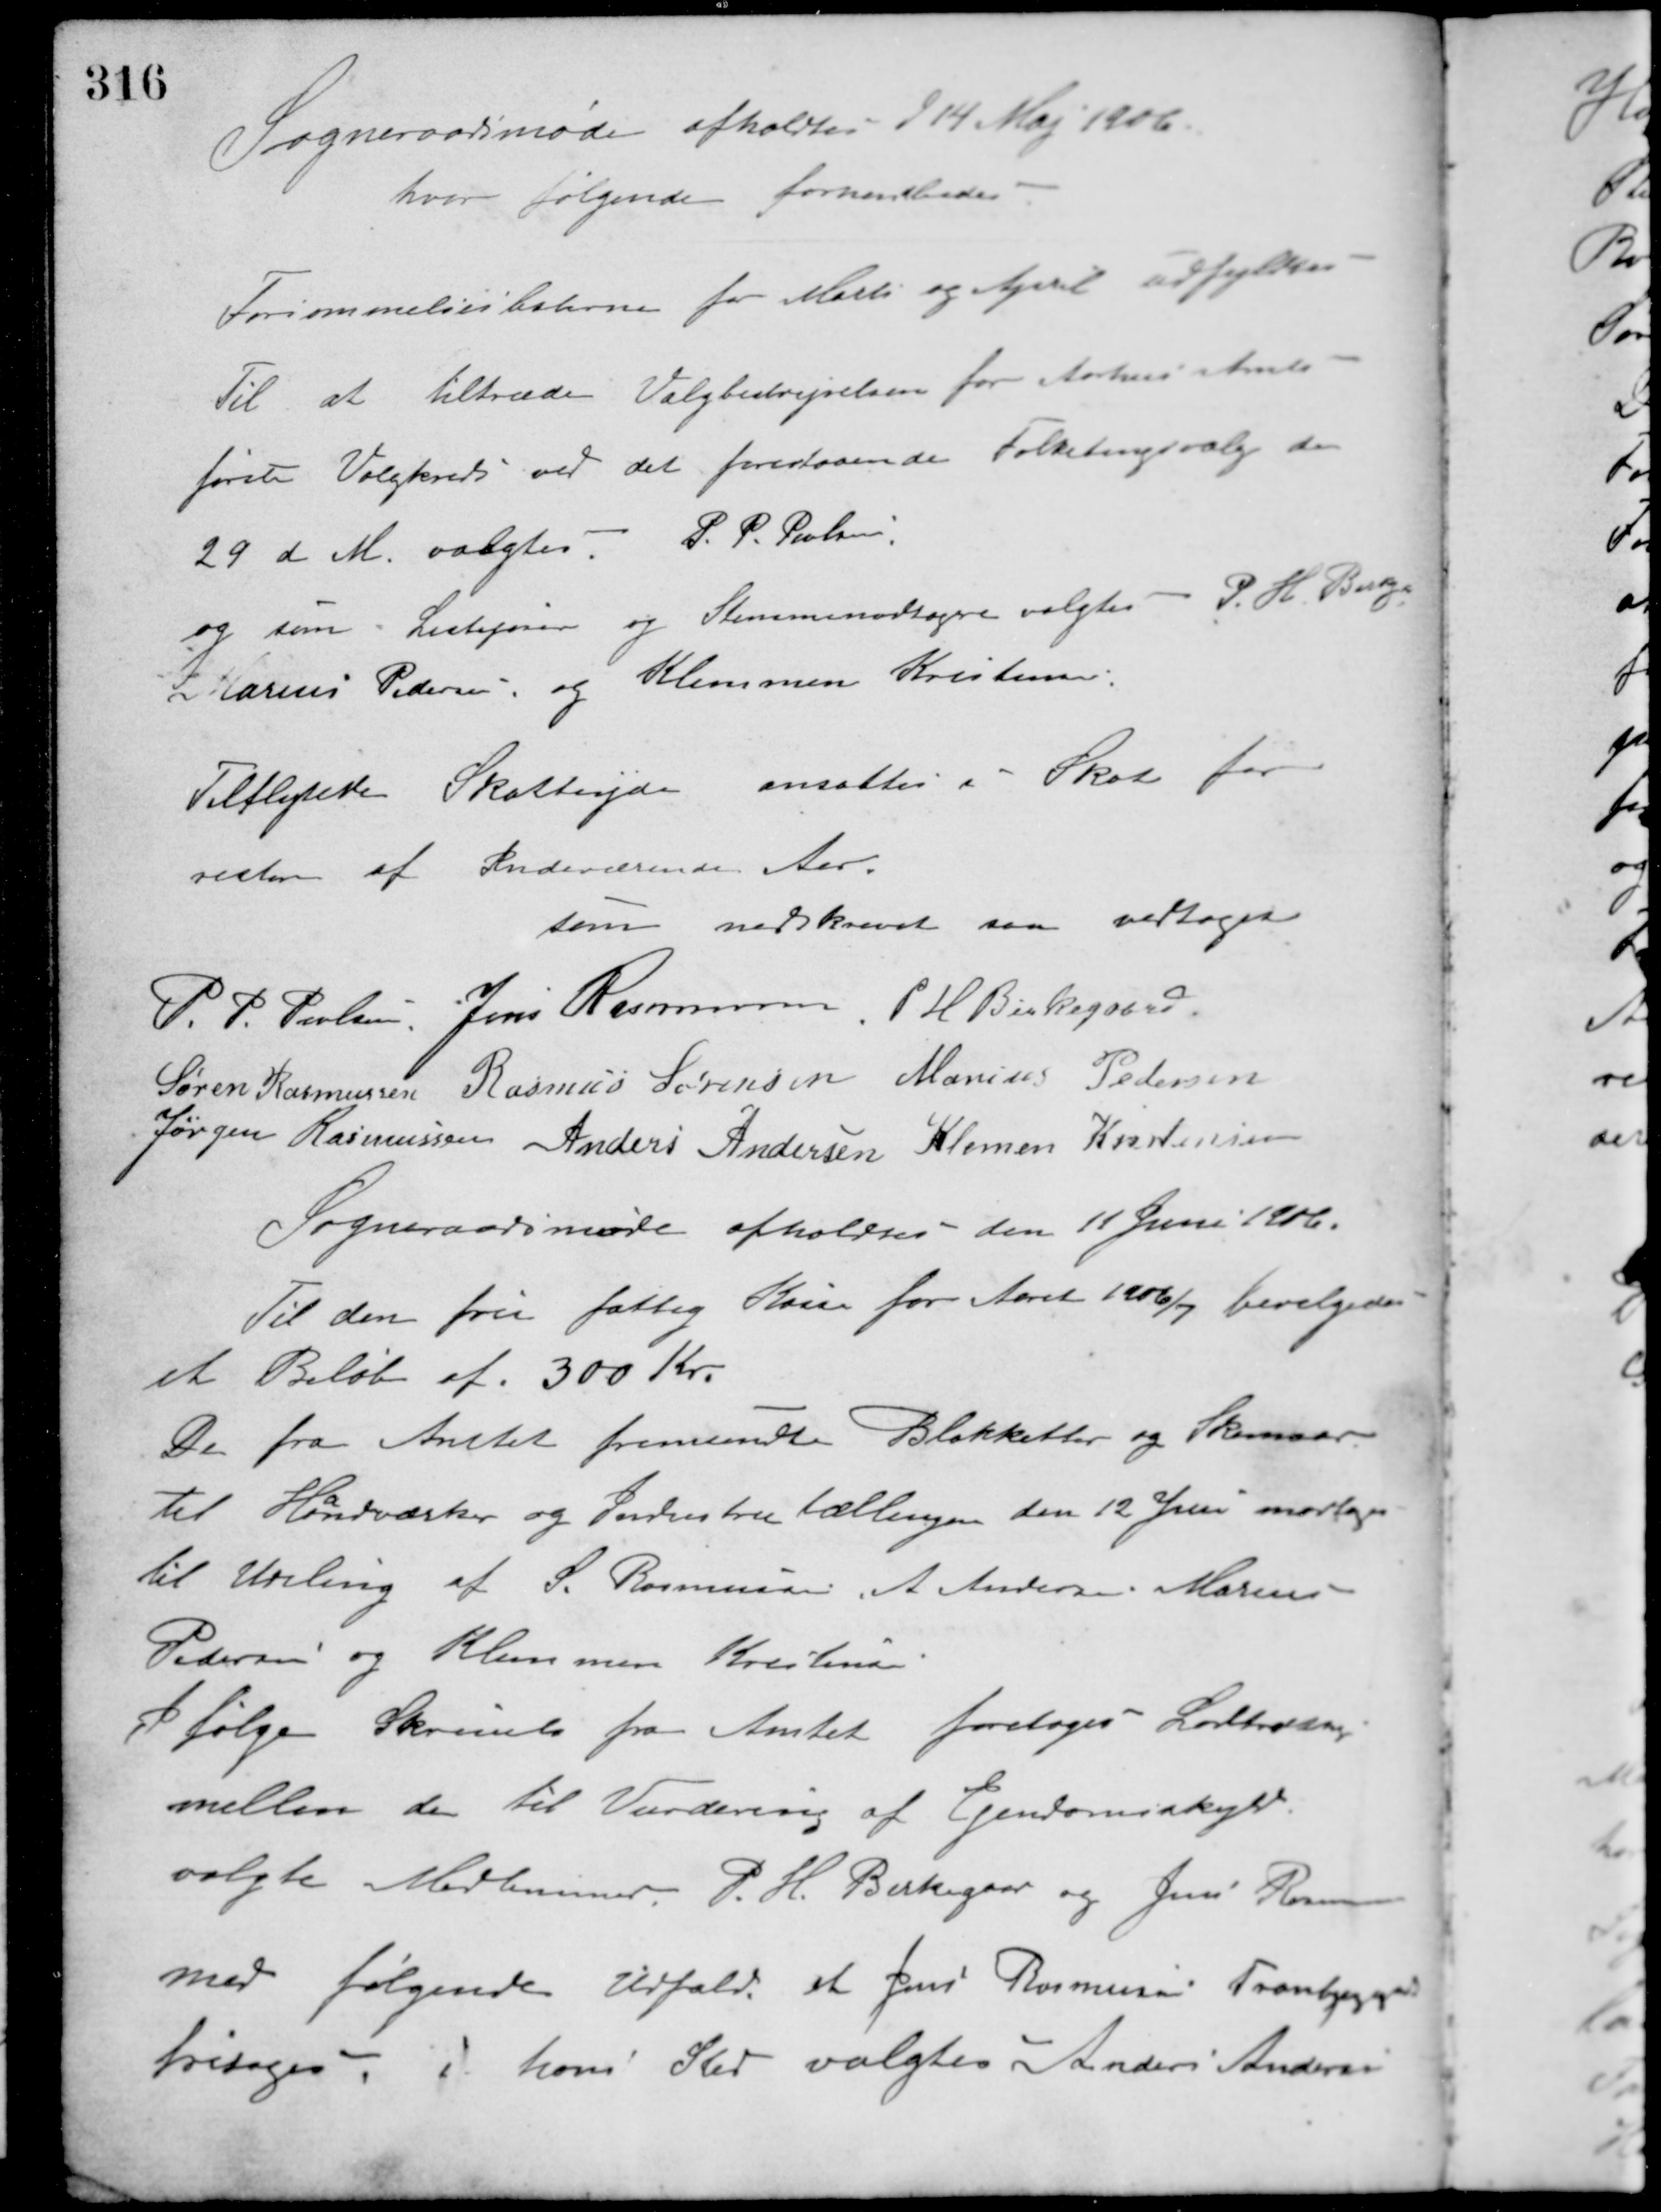
Transskription:
Sogneraadsmøde afholdtes d 14 Maj 1906.
hvor følgende forhandledes.
Forsømmelseslisterne for Marts og April udfyldtes.
Til at tiltræde Valgbestyrelsen for Aarhus Amts
første Valgkreds ved det forestaaende Folketingsvalg den
29 d. M. valgtes: P. P. Poulsen,
og som Listefører og Stemmemodtagere valgtes P. H. Bang
K Marius Pedersen og Klemmen Kristensen.
Tilflyttede Skatteydere ansattes i Skat for
resten af Indeværende Aar.
Som nedskrevet saa vedtaget
P. P. Poulsen Jens Rasmussen P. H. Birkegaard
Søren Rasmussen Rasmus Sørensen Marius Pedersen
Jørgen Rasmussen Anders Andersen Klemen Kristensen
Sogneraadsmøde afholdtes den 11 Juni 1906.
Til den frie fattig Kasse for Aaret 1906/7 bevilgedes
et Beløb af 300 Kr.
De fra Amtet fremsendte Blakketter og Skemaer
til Håndværker og Industritællingen den 12 Juni modtages
til Udeling af S. Rasmussen, A. Andersen, Marius
Pedersen og Klemmen Kristensen.
Ifølge Skrivelse fra Amtet foretoges Lodtrækning
mellem de til Vurdering af Ejendomsskyld
valgte Medlemmer P. H. Birkegaard og Jens Rasmussen
med følgende Udfald at Jens Rasmussen Tranbjerggaard
fritages. I hans Sted valgtes Anders Andersen.